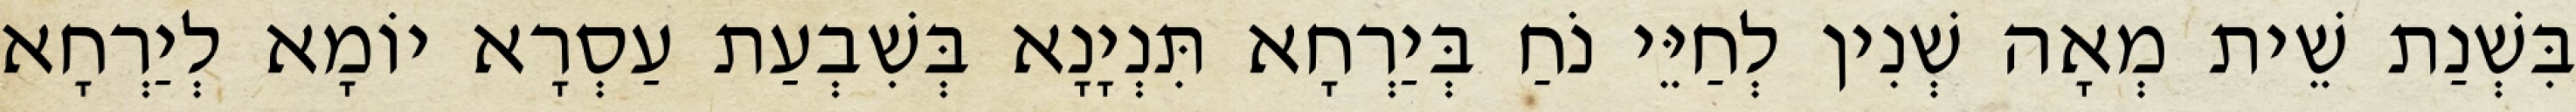
בִּשְׁנַת שֵׁית מְאָה שְׁנִין לְחַיֵּי נֹחַ בְּיַרְחָא תִּנְיָנָא בְּשִׁבְעַת עַסְרָא יוֹמָא לְיַרְחָא